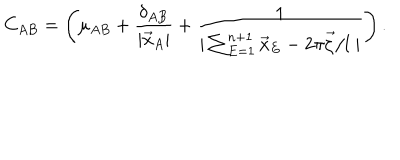
C _ { A B } = \left( \mu _ { A B } + \frac { \delta _ { A B } } { | \vec { x } _ { A } | } + \frac { 1 } { | \sum _ { E = 1 } ^ { n + 1 } \vec { x } _ { E } - 2 \pi \vec { \zeta } / l \; | } \right) .